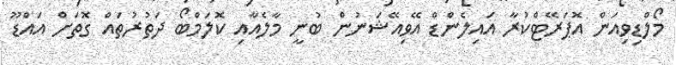
މޯލްޑިވިއަން އޮޕަރޭޓްކުރާ އައިލެންޑް އޭވިއޭޝަނުން ބުނީ މާލެއާއި ކޮލަމްބޯ ދަތުރުތައް ގޮތަށް އައްޑޫ